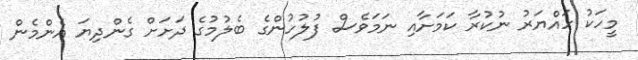
މީހަކު ހައްޔަރު ނުކުރާ ކަމަށާއި ނަމަވެސް ފުލުހުންގެ ބެލުމުގެ ދަށަށް ގެންދިޔަ އެންމެން